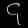
Digit: ၄